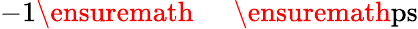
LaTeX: -1\ensuremath{\mathrm{~\textrm~{~\, ~}~}}\ensuremath{\mathrm{ps}}